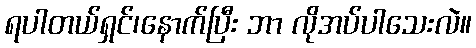
ရပါတယ်ရှင်၊နောက်ပြီး ဘာ လိုအပ်ပါသေးလဲ။